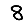
Digit: 8